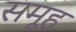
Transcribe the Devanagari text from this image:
समूूह